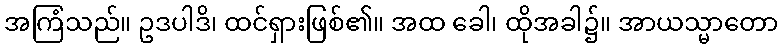
အကြံသည်။ ဥဒပါဒိ၊ ထင်ရှားဖြစ်၏။ အထ ခေါ၊ ထိုအခါ၌။ အာယသ္မာတော